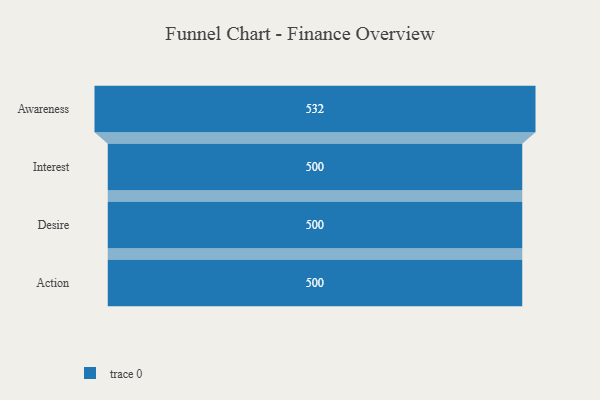
{"axis": {"x": "Stage", "y": "Value"}, "legend": [""], "data": [{"x": "Awareness", "y": 532.0, "type": ""}, {"x": "Interest", "y": 500, "type": ""}, {"x": "Desire", "y": 500, "type": ""}, {"x": "Action", "y": 500, "type": ""}]}